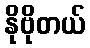
နိုဗိုတယ်